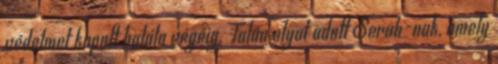
védelmet kapott halála végéig. Talán olyat adott Serah-nak, amely